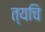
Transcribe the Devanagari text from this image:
त्यचि